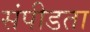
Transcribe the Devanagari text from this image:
संपीडता